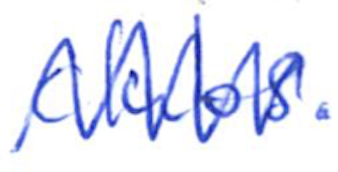
Text: clubs.
Cross-out: zig-zag
Writing tool: ballpoint